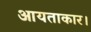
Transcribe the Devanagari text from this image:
आयताकार।